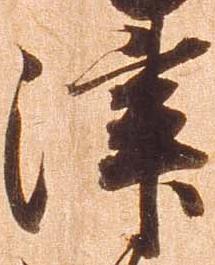
津